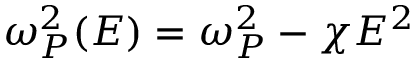
\omega _ { P } ^ { 2 } ( E ) = \omega _ { P } ^ { 2 } - \chi E ^ { 2 }